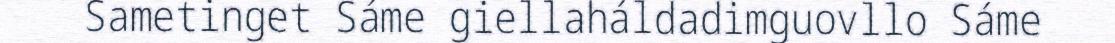
Sametinget Sáme giellaháldadimguovllo Sáme